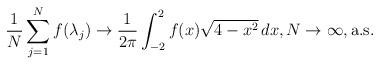
LaTeX: \begin{align*}\frac{1}{N}\sum_{j=1}^{N}f(\lambda_{j}) \to \frac{1}{2\pi}\int_{-2}^{2}f(x)\sqrt{4-x^{2}}\,dx, N \to \infty, \mathrm{a.s.}\end{align*}